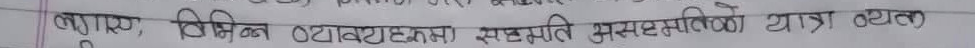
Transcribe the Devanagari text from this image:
लागि उचित व्यावहाता, स्नस्थति सुसम्पत्तिको यात्र व्यहो